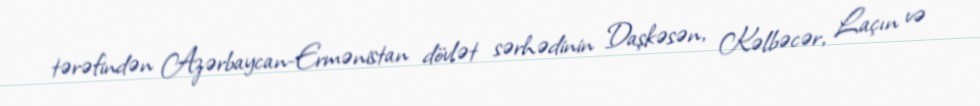
tərəfindən Azərbaycan-Ermənistan dövlət sərhədinin Daşkəsən, Kəlbəcər, Laçın və